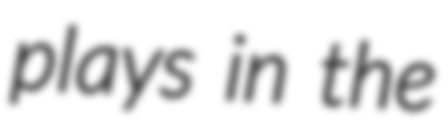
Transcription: plays in the